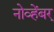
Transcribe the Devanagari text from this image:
नोव्हेंबर्